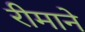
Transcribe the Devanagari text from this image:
रीमाने